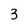
Character: 3